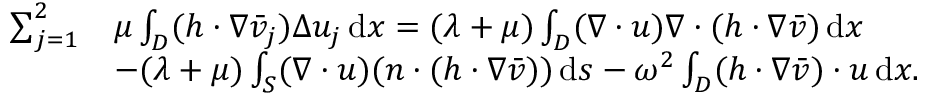
\begin{array} { r l } { \sum _ { j = 1 } ^ { 2 } } & { \mu \int _ { D } ( h \cdot \nabla \bar { v } _ { j } ) \Delta { u } _ { j } \, \mathrm { d } x = ( \lambda + \mu ) \int _ { D } ( \nabla \cdot u ) \nabla \cdot ( h \cdot \nabla \bar { v } ) \, \mathrm { d } x } \\ & { - ( \lambda + \mu ) \int _ { S } ( \nabla \cdot u ) ( n \cdot ( h \cdot \nabla \bar { v } ) ) \, \mathrm { d } s - \omega ^ { 2 } \int _ { D } ( h \cdot \nabla \bar { v } ) \cdot u \, \mathrm { d } x . } \end{array}